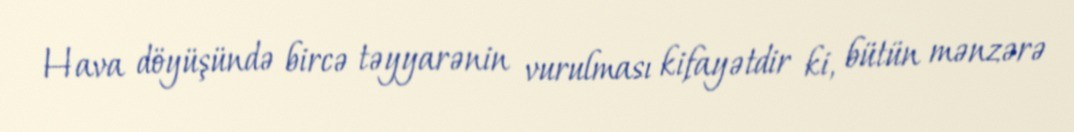
Hava döyüşündə bircə təyyarənin vurulması kifayətdir ki, bütün mənzərə